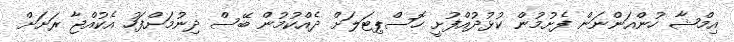
އިމްޝާ ހުންއަންނަން ފެށުމުން ކުޅުދުއްފުށީ ހޮސްޕިޓަލަށް ދެއްކުމުން ބޭސް ދިނުމަށްފަހު އެކުއްޖާ ރަށަށް